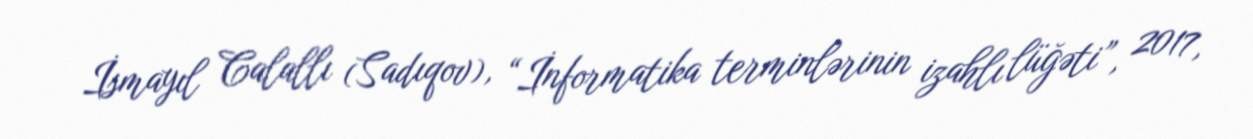
İsmayıl Calallı (Sadıqov), “İnformatika terminlərinin izahlı lüğəti”, 2017,